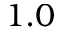
1 . 0